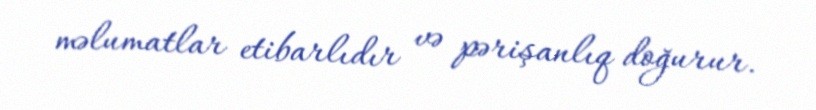
məlumatlar etibarlıdır və pərişanlıq doğurur.